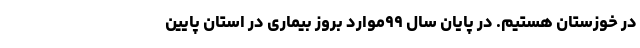
در خوزستان هستیم. در پایان سال ۹۹موارد بروز بیماری در استان پایین